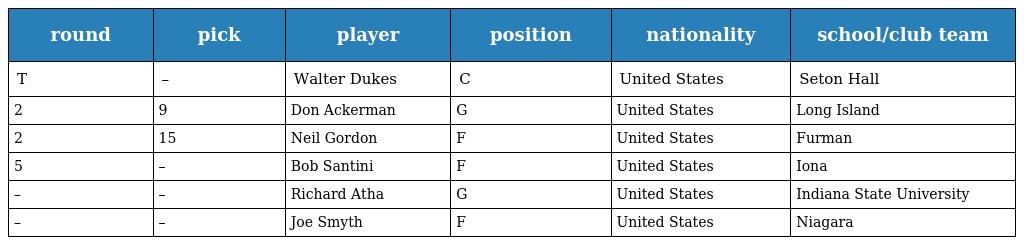
| round | pick | player | position | nationality | school/club team |
 | --- | --- | --- | --- | --- | --- |
 | T | – | Walter Dukes | C | United States | Seton Hall |
 | 2 | 9 | Don Ackerman | G | United States | Long Island |
 | 2 | 15 | Neil Gordon | F | United States | Furman |
 | 5 | – | Bob Santini | F | United States | Iona |
 | – | – | Richard Atha | G | United States | Indiana State University |
 | – | – | Joe Smyth | F | United States | Niagara |